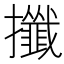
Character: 攕